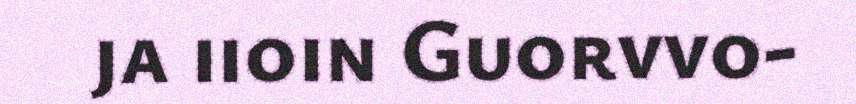
ja iioin Guorvvo-